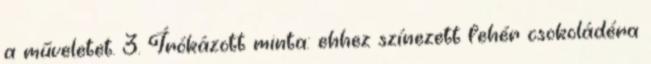
a műveletet. 3. Írókázott minta: ehhez színezett fehér csokoládéra